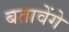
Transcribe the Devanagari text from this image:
बतावेंगे